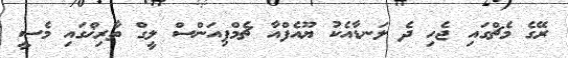
ރޭގެ މެޗްގައި ޖެހި ދެ ލަނޑާއެކު ޔޫއެފްއާ ޗެމްޕިއަންސް ލީގް ތާރިޚްގައި މެސީ